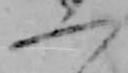
一